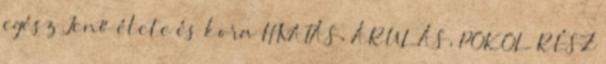
egész Jenő élete és kora HIVATÁS, ÁRULÁS, POKOL RÉSZ